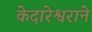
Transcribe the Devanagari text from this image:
केदारेश्वराने